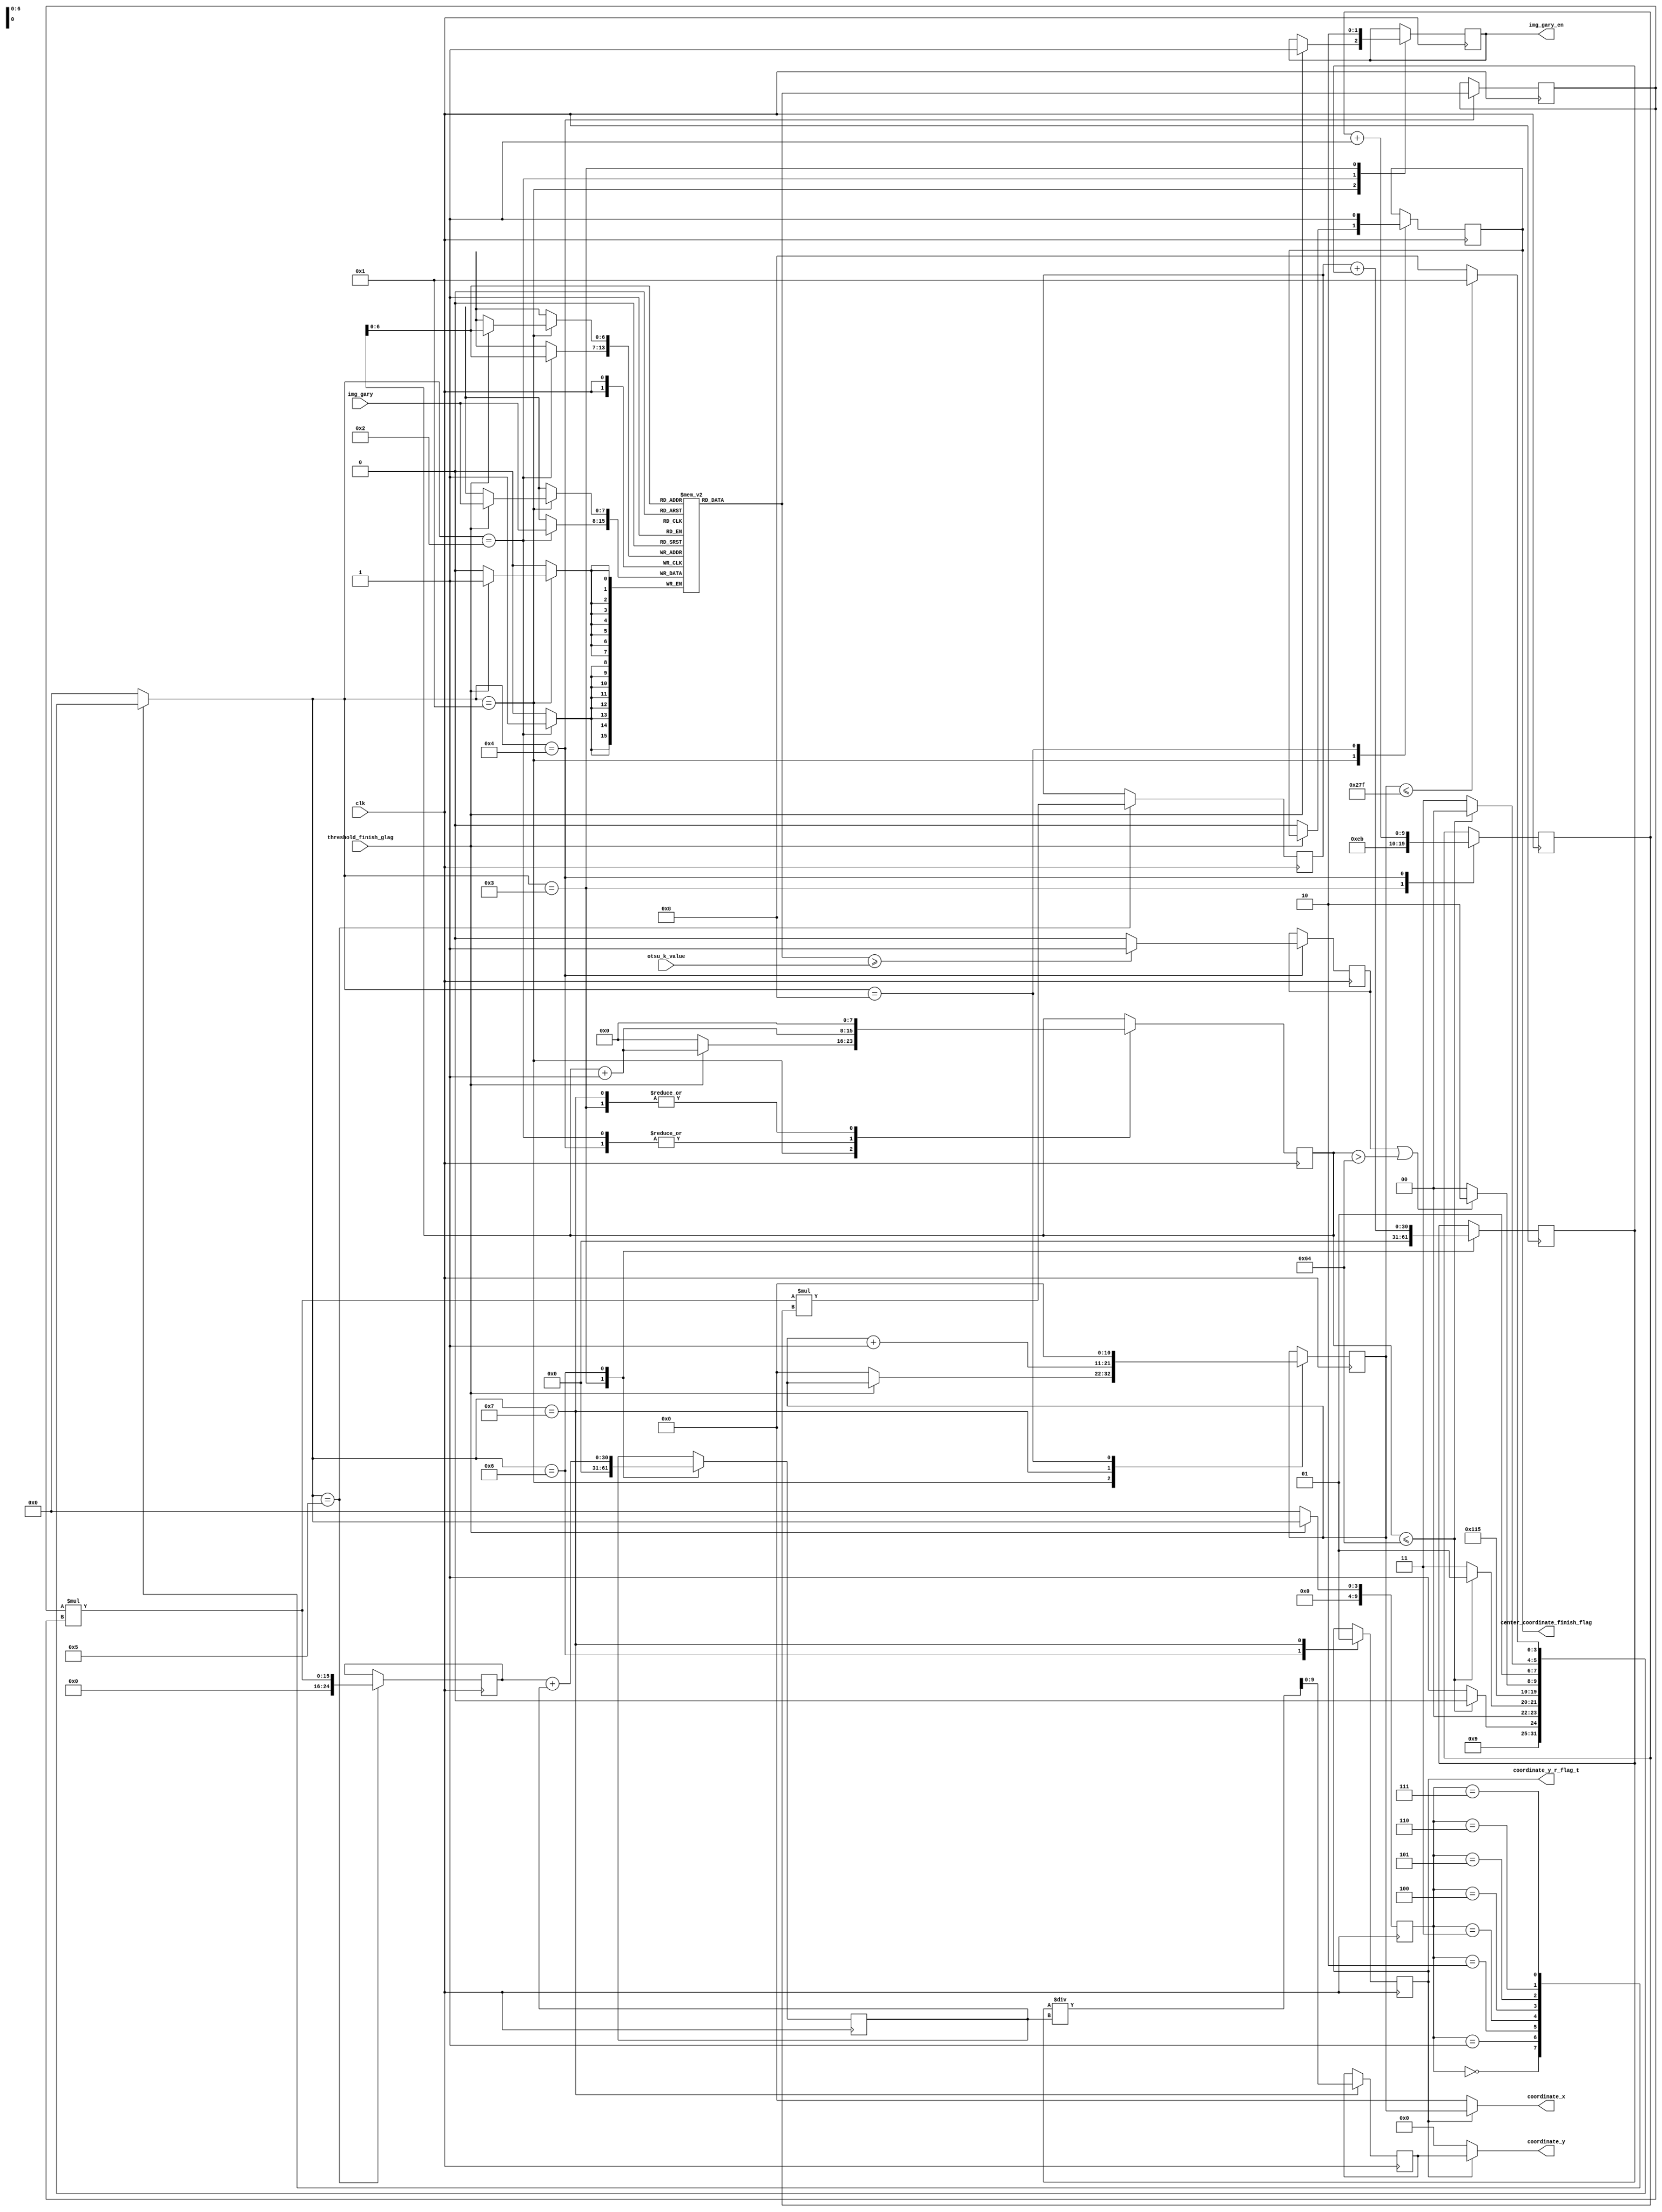
module Gary_Center(
	input clk,
	input [7:0]img_gary,
	input threshold_finish_glag,
	input [7:0]otsu_k_value,
	
	output [10:0]coordinate_x,  ///从1开始计数
	output [9:0]coordinate_y,
	output img_gary_en,           ///使能读取Y坐标
	output center_coordinate_finish_flag,
	output coordinate_y_r_flag_t
	
    );

	reg [7:0]mem[100:0];
	reg [9:0]coordinate_y_cnt;
	reg [9:0]coordinate_y_r;
	reg img_gary_en_r;
	reg [7:0]img_gary_en_r_cnt;
	reg center_coordinate_finish_flag_r;
	
	assign img_gary_en=img_gary_en_r;
	assign coordinate_y=coordinate_y_r_flag?coordinate_y_r:8'd0;
	assign coordinate_x=coordinate_y_r_flag?coordinate_x_cnt:8'd0;
	assign center_coordinate_finish_flag=center_coordinate_finish_flag_r;
	assign coordinate_y_r_flag_t=coordinate_y_r_flag;
	
	/*↓↓↓↓↓↓↓↓↓↓↓↓↓↓↓↓↓↓↓↓↓↓↓↓↓↓↓↓↓↓↓↓↓↓求中心纵坐标 ↓↓↓↓↓↓↓↓↓↓↓↓↓↓↓↓↓↓↓↓↓↓↓↓↓↓↓↓↓↓↓↓↓↓↓*/
	
	reg [10:0]coordinate_x_cnt;
/* 	always @(posedge clk)
	begin
		if(!threshold_finish_glag)
		begin
			
			
		end
	end */

	reg [9:0]currentstate;///三段式次态现态进行时都是在同一状态下，现态执行S1，那么次态也是S1
	reg [9:0]nextstate;

	parameter s0=10'd0,s1=10'd1,s2=10'd2,s3=10'd3,s4=10'd4,
				s5=10'd5,s6=10'd6,s7=10'd7,s8=10'd8,s9=10'd9,s10=10'd10;

	always @(posedge clk)
	begin
		if(!threshold_finish_glag)//阀值求取完成后threshold_finish_glag置为一
		begin
			currentstate<=s0;
		end
		else
			currentstate<=nextstate;
	end 
	
	always @(currentstate)///nextstate的状态是根据currentstate同步变化的，currentstate变化，则对应状态里nextstate同步变化
	begin
		nextstate=s0;
		case(currentstate)
			s0:nextstate=s1;
			s1:
			begin
				if(img_gary_en_r_cnt<=8'd100)///s1、s2两个状态将一次性接受41个灰度值
					nextstate=s2;
				else
					nextstate=s3;
			end
			s2:
			begin
				if(img_gary_en_r_cnt<=8'd100)
					nextstate=s1;
				else
					nextstate=s3;
			end
			s3:nextstate=s4;
			s4:nextstate=s5;
			s5:
			begin
				if(img_gary_big || (img_gary_en_r_cnt>8'd100))////逻辑陷阱
					nextstate=s6;
				else
					nextstate=s4;
			end
			s6:
			begin
				if(img_gary_en_r_cnt<=8'd100)
					nextstate=s4;
				else
					nextstate=s7;
			end
			s7:
			begin
				if(coordinate_x_cnt<=11'd639)
					nextstate=s1;
				else
					nextstate=s8;
			end
			s8:nextstate=s0;
			default:nextstate=s0;
		endcase
	end
	
	reg img_gary_big;
	reg [7:0] img_gary_r;
	reg [24:0]img_gary_square;
	reg [24:0]img_gary_square_y;
	reg [30:0]img_gary_square_sum;///位宽与img_gary_square_y_sum匹配
	reg [30:0]img_gary_square_y_sum;
	reg coordinate_y_r_flag;
	
	always @(posedge clk)
	begin
		case(nextstate)
			s0:begin end
			s1:
			begin
				if(!threshold_finish_glag)///
				begin
					img_gary_en_r_cnt<=8'd0;
					center_coordinate_finish_flag_r<=1'b0;
					coordinate_x_cnt<=11'd0;
				end
				else 
				begin
					img_gary_en_r<=1'b1;///img_gary_en_r持续40个时钟
					img_gary_en_r_cnt<=img_gary_en_r_cnt+1'b1;
					mem[img_gary_en_r_cnt]<=img_gary;
					
					
				end
			end
			s2:
			begin
				img_gary_en_r<=1'b1;///img_gary_en_r持续40个时钟
				img_gary_en_r_cnt<=img_gary_en_r_cnt+1'b1;
				mem[img_gary_en_r_cnt]<=img_gary;		
			end
			s3:
			begin
				img_gary_en_r<=1'b0;
				img_gary_en_r_cnt<=8'd0;
				coordinate_y_cnt<=10'd235;///求取坐标的起始位置，很重要
				img_gary_square_sum<=31'd0;
				img_gary_square_y_sum<=31'd0;
			end
			s4:
			begin
				if(mem[img_gary_en_r_cnt]>=otsu_k_value)
				begin
					img_gary_big<=1'b1;///s5进入s6
				end
				else
					img_gary_big<=1'b0;//s5回到s4
				img_gary_r<=mem[img_gary_en_r_cnt];
				img_gary_en_r_cnt<=img_gary_en_r_cnt+1'b1;
				coordinate_y_cnt<=coordinate_y_cnt+1'b1;
			end
			s5:
			begin
				img_gary_square<=img_gary_r*img_gary_r;///灰度值平方
				img_gary_square_y<=img_gary_r*img_gary_r*coordinate_y_cnt;///灰度值平方*纵坐标			
			end
			s6:
			begin
				img_gary_square_sum<=img_gary_square+img_gary_square_sum;///灰度值平方求和
				img_gary_square_y_sum<=img_gary_square_y+img_gary_square_y_sum;///灰度值平方*纵坐标求和
				coordinate_y_r_flag<=1'b0;
			end
			s7:
			begin
				coordinate_y_r<=img_gary_square_y_sum/img_gary_square_sum;///重心纵坐标
				coordinate_y_r_flag<=1'b1;///一个重心坐标求取完成信号
				coordinate_x_cnt<=coordinate_x_cnt+1'b1;
				img_gary_en_r_cnt<=6'd0;
			end
			s8:
			begin
				center_coordinate_finish_flag_r<=1'b1;
				coordinate_x_cnt<=1'b0;
			end
			default:;
		endcase
	end

endmodule